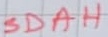
Text: SDAH